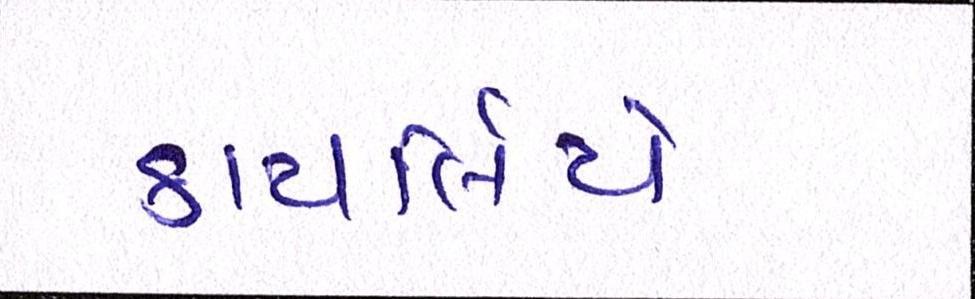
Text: કાયર્લિયે